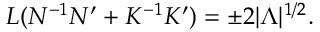
L ( N ^ { - 1 } N ^ { \prime } + K ^ { - 1 } K ^ { \prime } ) = \pm 2 | \Lambda | ^ { 1 / 2 } .